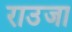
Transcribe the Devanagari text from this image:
राउजा